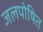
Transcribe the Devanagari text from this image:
जलपोषित